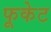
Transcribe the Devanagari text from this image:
फूकेट